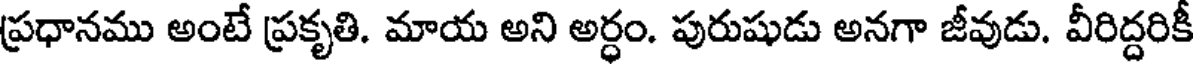
ప్రధానము అంటే ప్రకృతి. మాయ అని అర్ధం. పురుషుడు అనగా జీవుడు. వీరిద్దరికీ